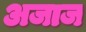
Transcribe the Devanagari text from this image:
अजाज